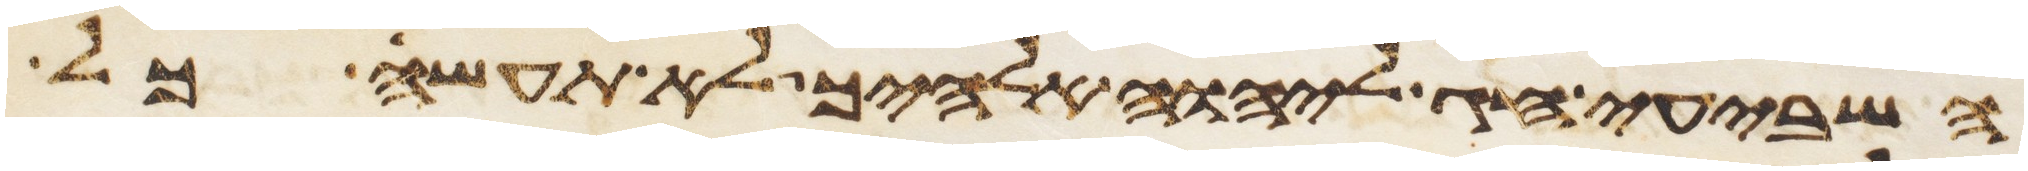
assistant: השביעי חג ליהוה אלהיך לא תעשה כל